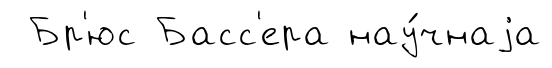
Бр'юс Басс'ера нау́чнаjа